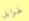
طوابق